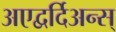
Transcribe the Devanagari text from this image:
अएद्वर्दिअन्स्